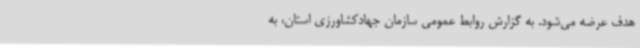
هدف عرضه می‌شود. به گزارش روابط عمومی سازمان جهادکشاورزی استان، به